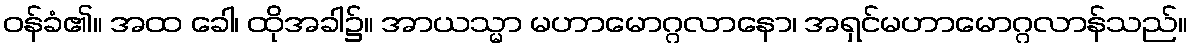
ဝန်ခံ၏။ အထ ခေါ၊ ထိုအခါ၌။ အာယသ္မာ မဟာမောဂ္ဂလာနော၊ အရှင်မဟာမောဂ္ဂလာန်သည်။